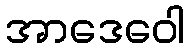
အာဒေဝေါ